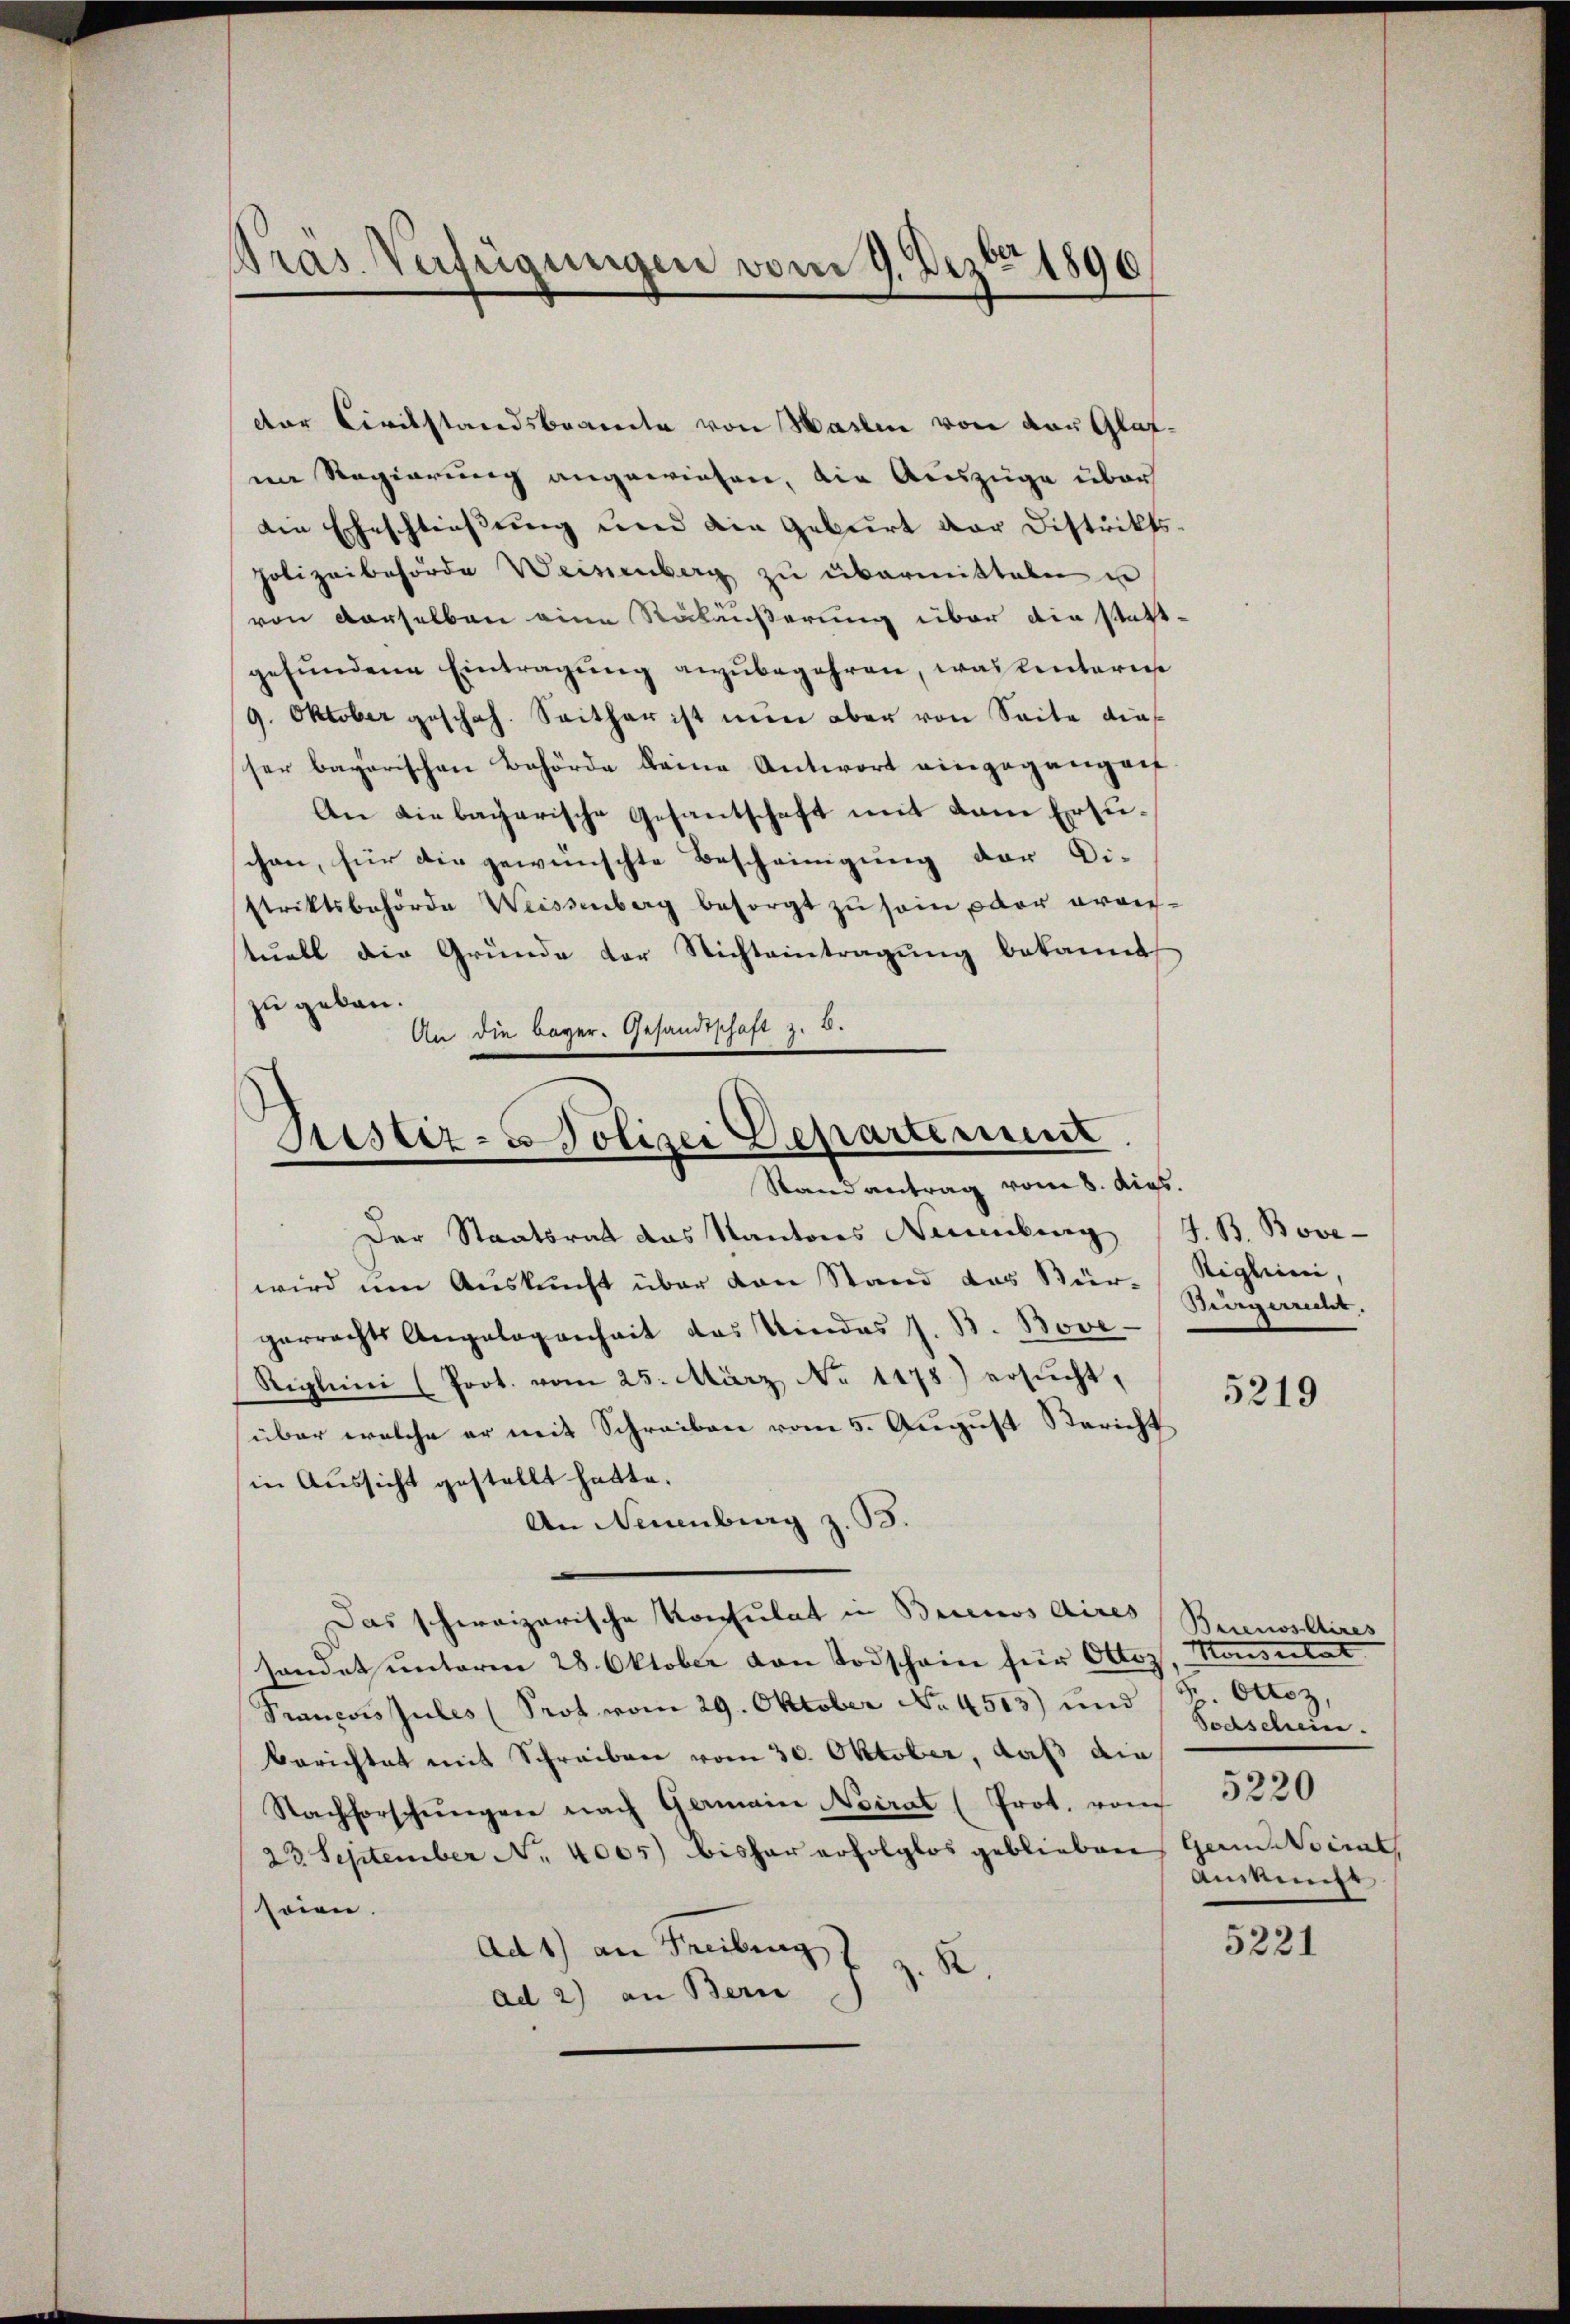
Pras Verfügungen vom 9. Dezbr 1890

dter Civilstandsbeamte von Marlin von der Glatim Regierung angewiesen, die Auszüge über
die Eheschließung und die Geburt der Distrikts-
polizeibehörde Weisenberg zŭ übermittalen u
von derselben eine Rükäußerung über die stattgefŭndene Eintragŭng anzŭbegehren, was hinterie
9. Oktober geschah. Seither ist nun aber von Seite dies
ser bayerischen Behörde keine Antwort eingegangen
An diebacharische Gesantschaft mit dem Ersuschon, für die gewünschte Bescheinigung der Di-
striktsbehörde Weissenberg besorgt zŭ sein vor draustuell die Gründe der Nichteintragŭng bekannt
zu geben.
An die bayer. Gesandtschaft z. B.

Justiz-Polizei Departiment.

Stand antrag vom 8. dies
Der Staatsrat das Kantons Neuenburg (S. B. Bove-
wird um Auskunft über den Stand das Bür-Siglini,
gerrechts Angelegenheit das Kindes J. B. Bove
Riglini (Prot. vom 25. März No 1475) ersŭcht,
über welche er mit Schreiben vom 5. August Bericht
in Aussicht gestellt hatte.
An Neuenburg z. B.
Das schweizerische Konsulat in Brinos Aires Bernosltires
sandat unterm 28. Oktober von Todschein für Ottoz, Konsertat
Prancois zules (Prot vom 29. Oktober No. 4513) und Sr. Ottoz,
berichtet mit Schreiben vom 30. Oktober, daß die
Nachforschŭngen nach Germaine Neirat (Prot. von
23 September No. 4005 bisher erfolglos geblieben, GamdWoirath
soien.
Ad 1) an Freibung z. B.
ad 2) an Bern

Biirgerrecht.

5219

Todschein.
5220
Anset

5221